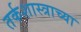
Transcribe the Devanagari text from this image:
तर्कशास्त्राच्या